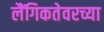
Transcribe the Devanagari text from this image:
लैंगिकतेवरच्या